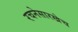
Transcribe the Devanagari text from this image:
रचनेसारखेच